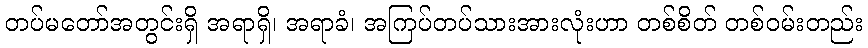
တပ်မတော်အတွင်းရှိ အရာရှိ၊ အရာခံ၊ အကြပ်တပ်သားအားလုံးဟာ တစ်စိတ် တစ်ဝမ်းတည်း